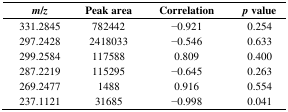
| m/z | Peak area | Correlation | p value |
 | --- | --- | --- | --- |
 | 331.2845 | 782442 | −0.921 | 0.254 |
 | 297.2428 | 2418033 | −0.546 | 0.633 |
 | 299.2584 | 117588 | 0.809 | 0.400 |
 | 287.2219 | 115295 | −0.645 | 0.263 |
 | 269.2477 | 1488 | 0.916 | 0.554 |
 | 237.1121 | 31685 | −0.998 | 0.041 |